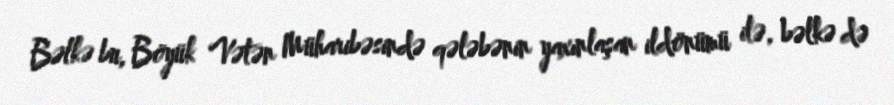
Bəlkə bu, Böyük Vətən Müharibəsində qələbənin yaxınlaşan ildönümü ilə, bəlkə də